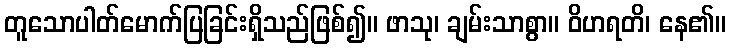
တူသောပါတ်မောက်ပြခြင်းရှိသည်ဖြစ်၍။ ဖာသု၊ ချမ်းသာစွာ။ ဝိဟရတိ၊ နေ၏။